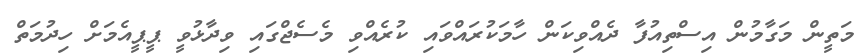
މަތީން މަގާމުން އިސްތިއުފާ ދެއްވިކަން ހާމަކުރައްވައި ކުރެއްވި މެސެޖްގައި ވިދާޅުވީ ޕީޕީއެމަށް ހިދުމަތް